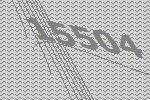
15504